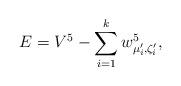
LaTeX: \begin{align*}E=V^5-\sum_{i=1}^k w_{\mu_i^{\prime},\zeta_i^{\prime}}^5,\end{align*}